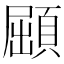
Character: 𩓦